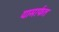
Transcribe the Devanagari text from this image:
यामार्फत